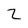
Character: Z